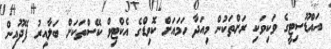
އައްޑޫސިޓީގެ ވަކިވަކި ރަށްތަކުން މިއަދާ ހަމައަށް ކޮވިޑްގެ އެކްޓިވް ކޭސްތަކަށް ބަލާއިރު ފޭދޫއިން